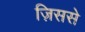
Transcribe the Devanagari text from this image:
ज़िससे